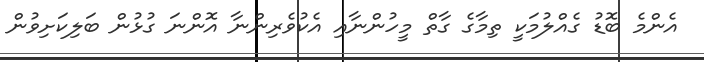
އެންމެ ބޮޑު ގެއްލުމަކީ ތިމާގެ ގާތް މީހުންނާއި އެކުވެރިންނާ އޮންނަ ގުޅުން ބަލިކަށިވުން